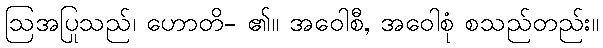
ဩအပြုသည်၊ ဟောတိ- ၏။ အဝေါစီ, အဝေါစုံ စသည်တည်း။